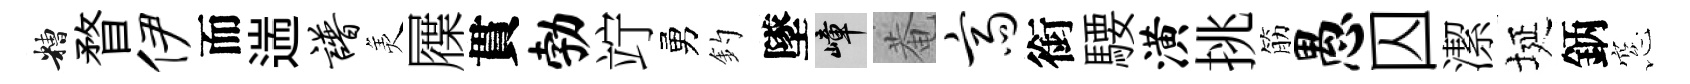
糟瞀伊而遄谱羙屧貫勃竚勇釣墜嶂菴斋銜騕潢挑筋愚囚潔埏鈵窓